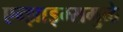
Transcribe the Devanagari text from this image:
एन्झाइम्समुळे